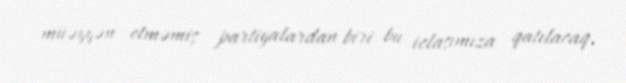
müəyyən etməmiş partiyalardan biri bu iclasımıza qatılacaq.